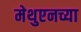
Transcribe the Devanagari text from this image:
मेथुएनच्या